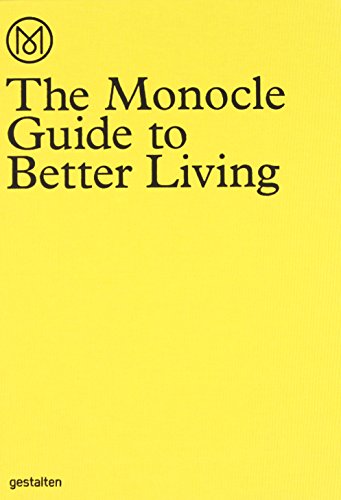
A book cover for The Monocle Guide to Better Living; Humor & Entertainment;